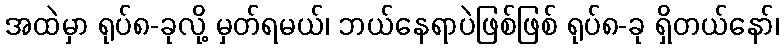
အထဲမှာ ရုပ်၈-ခုလို့ မှတ်ရမယ်၊ ဘယ်နေရာပဲဖြစ်ဖြစ် ရုပ်၈-ခု ရှိတယ်နော်၊